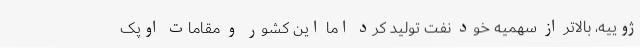
ژوییه، بالاتر از سهمیه خود نفت تولید کرد اما این کشور و مقامات اوپک